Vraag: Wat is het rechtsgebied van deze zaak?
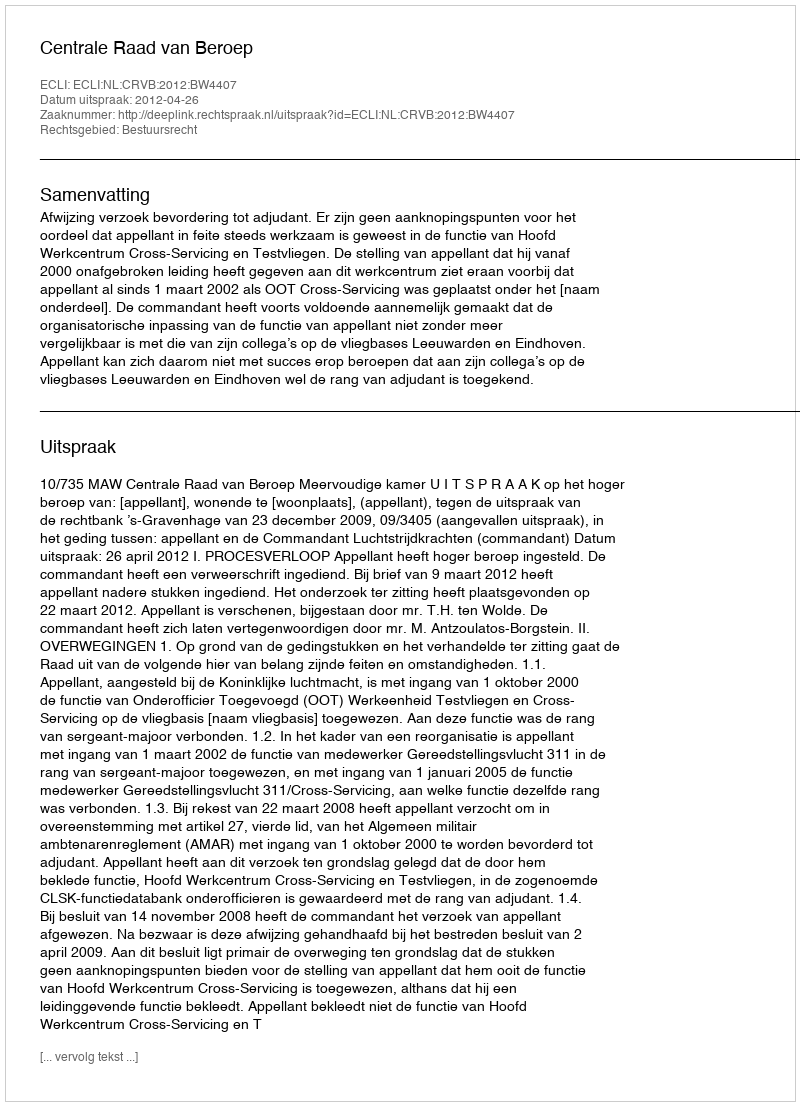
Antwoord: Bestuursrecht